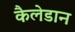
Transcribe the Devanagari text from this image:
कैलेडान